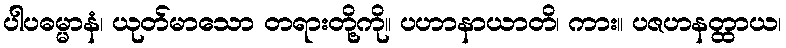
ပါပဓမ္မာနံ၊ ယုတ်မာသော တရားတို့ကို။ ပဟာနာယာတိ၊ ကား။ ပဇဟနတ္ထာယ၊